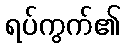
ရပ်ကွက်၏